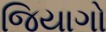
જિયાગો